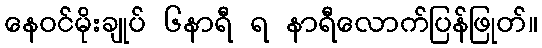
နေဝင်မိုးချုပ် ၆နာရီ ရ နာရီလောက်ပြန်ဖြုတ်။